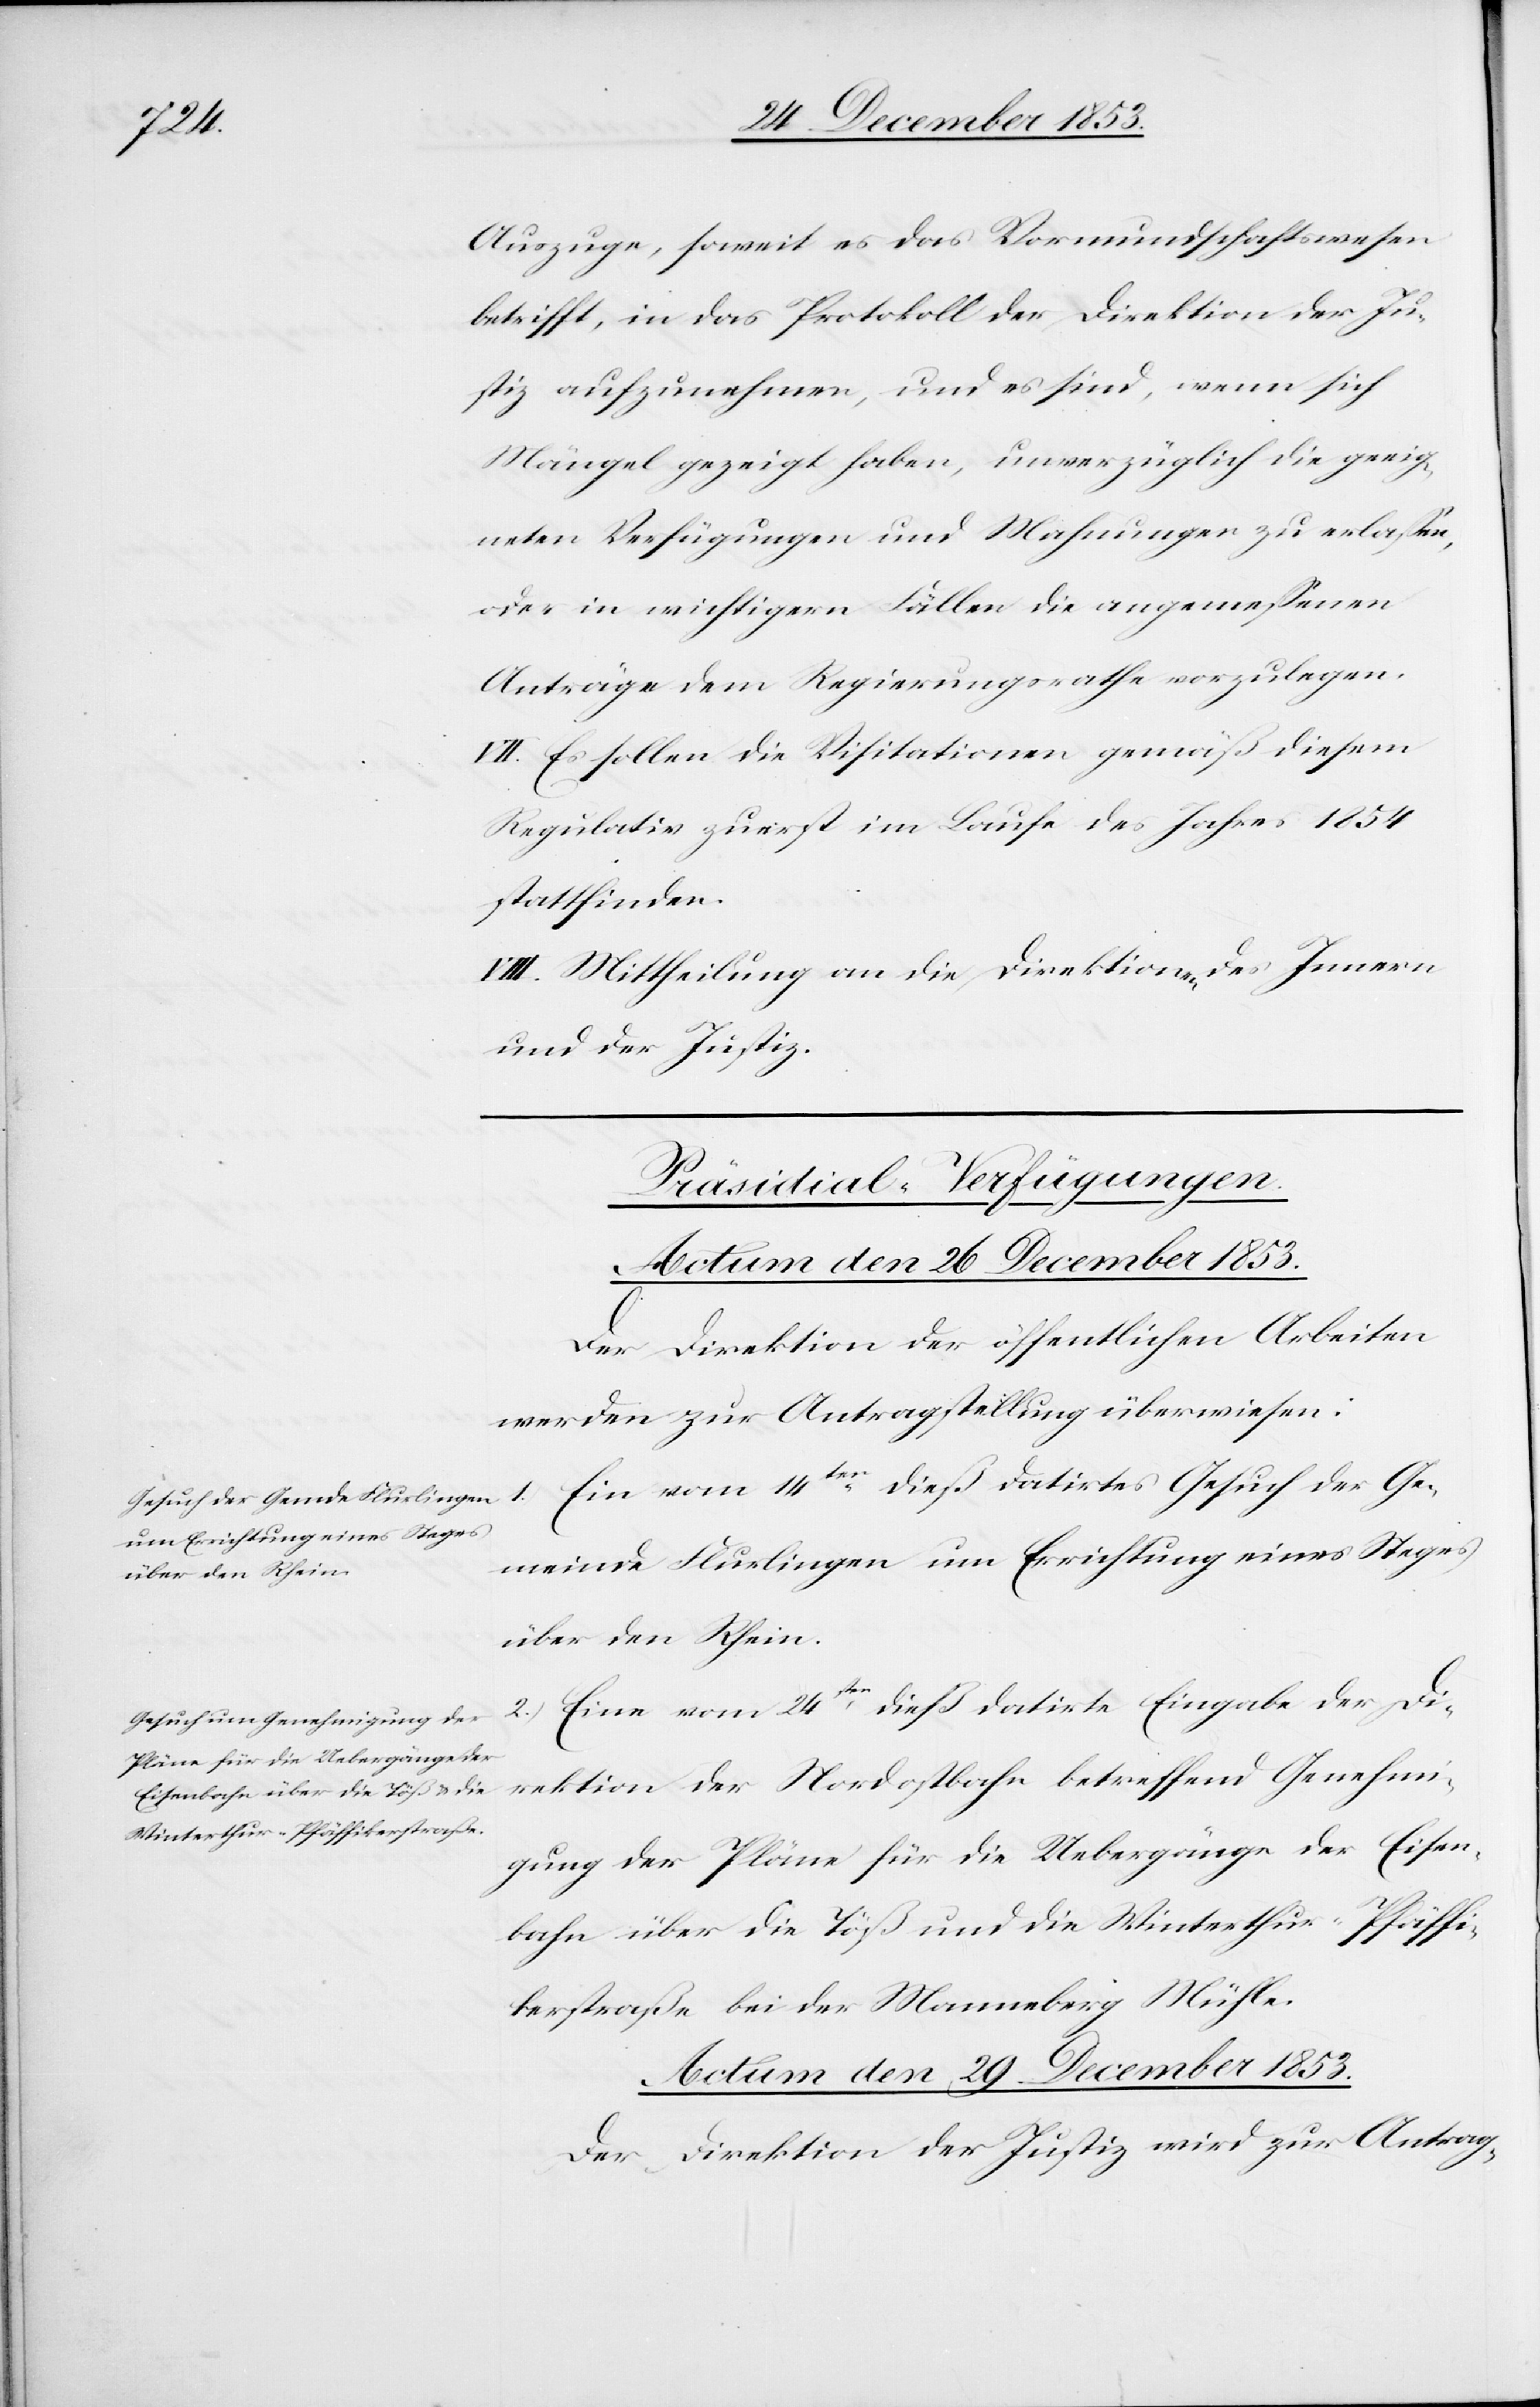
über den Rhein.

Auszuge, soweit es das Vormundschaftswesen
betrifft, in das Protokoll der Direktion der Ju¬
stiz aufzunehmen, und es sind, wenn sich
Mängel gezeigt haben, unverzüglich die geeig¬
neten Verfügungen und Mahnungen zu erlaßen,
oder in wichtigern Fällen die angemeßenen
Anträge dem Regierungsrathe vorzulegen.
VII. Es sollen die Visitationen gemäß diesem
Regulativ zuerst im Laufe des Jahres 1854
stattfinden.
VIII. Mittheilung an die Direktion des Innern
und der Justiz.
[Präsidial-Verfügungen.]
Actum den 26 December 1853.]
Der Direktion der öffentlichen Arbeiten
werden zur Antragstellung überwiesen:
Ein vom 14ten dieß datirtes Gesuch der Ge¬
1.
meinde Flurlingen um Errichtung eines Steges
2. Eine vom 24ten dieß datirte Eingabe der Di¬
rektion der Nordostbahn betreffend Genehmi¬
gung der Pläne für die Uebergänge der Eisen¬
bahn über die Töß und die Winterthur-Pfäffi¬
kerstraße bei der Manneberg Mühle.
Actum den 29 December 1853.
Der Direktion der Justiz wird zur Antrag-